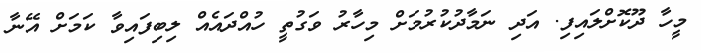
މީހާ ދޫކޮށްލައިފި. އަދި ނަމާދުކުރުމަށް މިހާރު ވަގުތީ ހުއްދައެއް ލިބިފައިވާ ކަމަށް އޭނާ